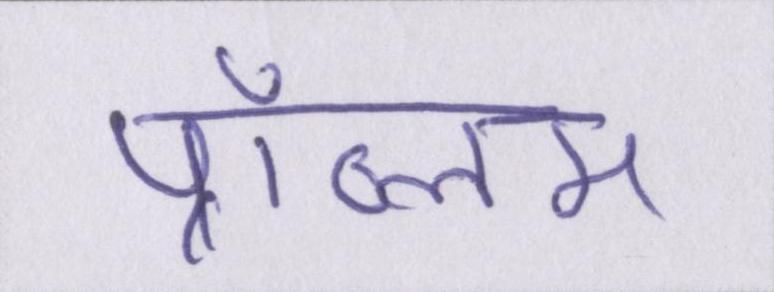
प्रॉब्लम